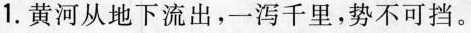
1.黄河从地下流出，一泻千里，势不可挡。